Lunatic asylums United Provinces 1909-1921 - 1909-1921
Year: 1909
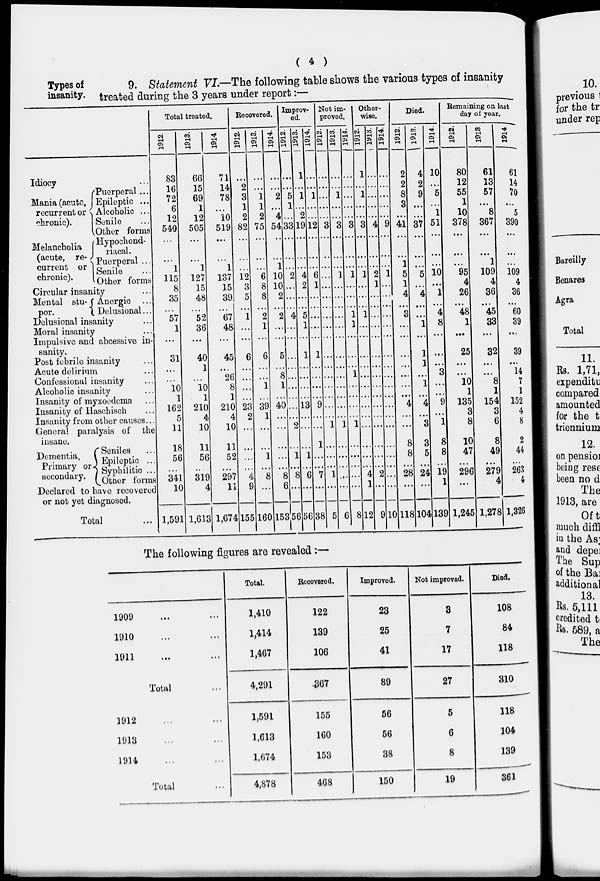
( 4 )
Types of
insanity.
9. Statement VI.— The following table shows the various types of insanity
treated during the 3 years under report:—
Idiocy ...
Mania (acute
recurrent or
chronic).
Melancholia
(acute, re-
current or
chronic).
Puerperal...
Epileptic ...
Alcoholic ...
Senile
Other forms
Hypochond¬
riacal.
Puerperal ...
Senile ...
Other forms
Circular insanity ...
Mental stu-
por.
Anergic
Delusional...
Delusional insanity...
Moral insanity...
Impulsive and abcessive in-
sanity.
Post febrile insanity...
Acute delirium...
Confessional insanity...
Alcoholic insanity...
Insanity of myxoedema...
Insanity of Haschisch...
Insanity from other causes...
General paralysis of the
insane.
Dementia,
Primary or
secondary.
Seniles...
Epileptic ...
Syphilitic ...
Other forms
Declared to have recovered
or not yet diagnosed.
Total ...
Total treated.
1912.
83
16
72
6
12
540
...
...
1
115
8
35
...
57
1
...
31
...
...
10
1
162
5
11
18
56
...
341
10
1,591
1913.
66
15
69
1
12
505
...
...
1
127
15
48
...
52
36
...
40
1
...
10
1
210
4
10
11
56
...
319
4
1,613
1914.
71
14
78
...
10
519
...
...
1
137
15
39
...
67
48
...
45
...
26
8
1
210
4
10
11
52
...
297
11
1,674
Recovered.
1912.
...
2
3
1
2
82
...
...
...
12
3
5
...
1
...
...
6
...
...
...
...
23
2
...
...
...
...
4
9
155
1913.
...
...
1
1
2
75
...
...
...
6
8
8
...
2
1
...
6
...
...
1
...
39
1
...
...
1
...
8
...
160
1914.
...
...
2
...
4
54
...
...
1
10
10
2
...
2
...
...
5
...
8
1
...
40
...
...
...
...
...
8
6
153
Improv-
ed.
1912.
...
...
5
1
...
33
...
...
...
2
...
...
...
4
...
...
...
...
...
...
...
...
...
2
...
1
...
8
...
56
1913.
1
...
1
...
2
19
...
...
...
4
2
...
...
5
1
...
1
...
...
...
...
13
...
...
...
1
...
6
...
56
1914.
...
...
1
...
...
12
...
...
...
6
1
...
...
...
...
...
1
...
...
...
...
9
...
...
1
...
...
7
...
38
Not im-
proved.
1912.
...
...
...
...
...
3
...
...
...
...
...
...
...
...
...
...
...
...
...
...
...
...
...
1
...
...
...
1
...
5
1913.
...
...
1
...
...
3
...
...
...
1
...
...
...
...
...
...
...
...
...
...
...
...
...
1
...
...
...
...
...
6
1914.
...
...
...
...
...
3
...
...
...
1
...
...
...
1
1
...
...
...
1
...
...
...
...
1
...
...
...
...
...
8
Other-
wise.
1912.
1
...
1
...
...
3
...
...
...
1
...
...
...
1
...
...
...
...
...
...
...
...
...
...
...
...
...
4
1
12
1913.
...
...
...
...
...
4
...
...
...
2
1
...
...
...
...
...
...
...
...
...
...
...
...
...
...
...
...
2
...
9
1914.
...
...
...
...
...
9
...
...
...
1
...
...
...
...
...
...
...
...
..
...
...
...
...
...
...
...
...
...
...
10
Died.
1912.
2
2
8
3
...
41
...
...
1
5
1
4
...
3
...
...
...
...
...
...
...
4
...
...
8
8
...
28
...
118
1913.
4
2
9
...
...
37
...
...
...
5
...
4
...
...
1
...
1
1
...
1
...
4
...
3
3
5
...
24
...
104
1914.
10
...
5
...
1
51
...
...
...
10
...
1
...
4
8
...
...
...
3
...
...
9
...
1
8
8
...
19
1
139
Remaining on last
day of year.
1912.
80
12
55
1
10
378
...
...
...
95
4
26
...
48
1
...
25
...
...
10
1
135
3
8
10
47
...
296
...
1,245
1913.
61
13
57
...
8
367
...
...
1
109
4
36
...
45
33
...
32
...
...
8
1
154
3
6
8
49
...
279
4
1,278
1914.
61
14
70
...
5
390
...
...
...
109
4
36
...
60
39
...
38
...
14
7
1
152
4
8
2
44
...
263
4
1,326
The following figures are revealed :—
1909 ... ...
1910 ... ...
1911 ... ...
Total ... ...
1912 ... ...
1913 ... ...
1914 ... ...
Total ...
Total.
1,410
1,414
1,467
4,291
1,591
1,613
1,674
4,878
Recovered.
122
139
106
367
155
160
153
468
Improved.
23
25
41
89
56
56
38
150
Not improved.
3
7
17
27
5
6
8
19
Died.
108
84
118
310
118
104
139
361